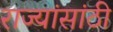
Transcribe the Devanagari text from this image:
राज्यांसांठी